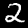
Label: 2